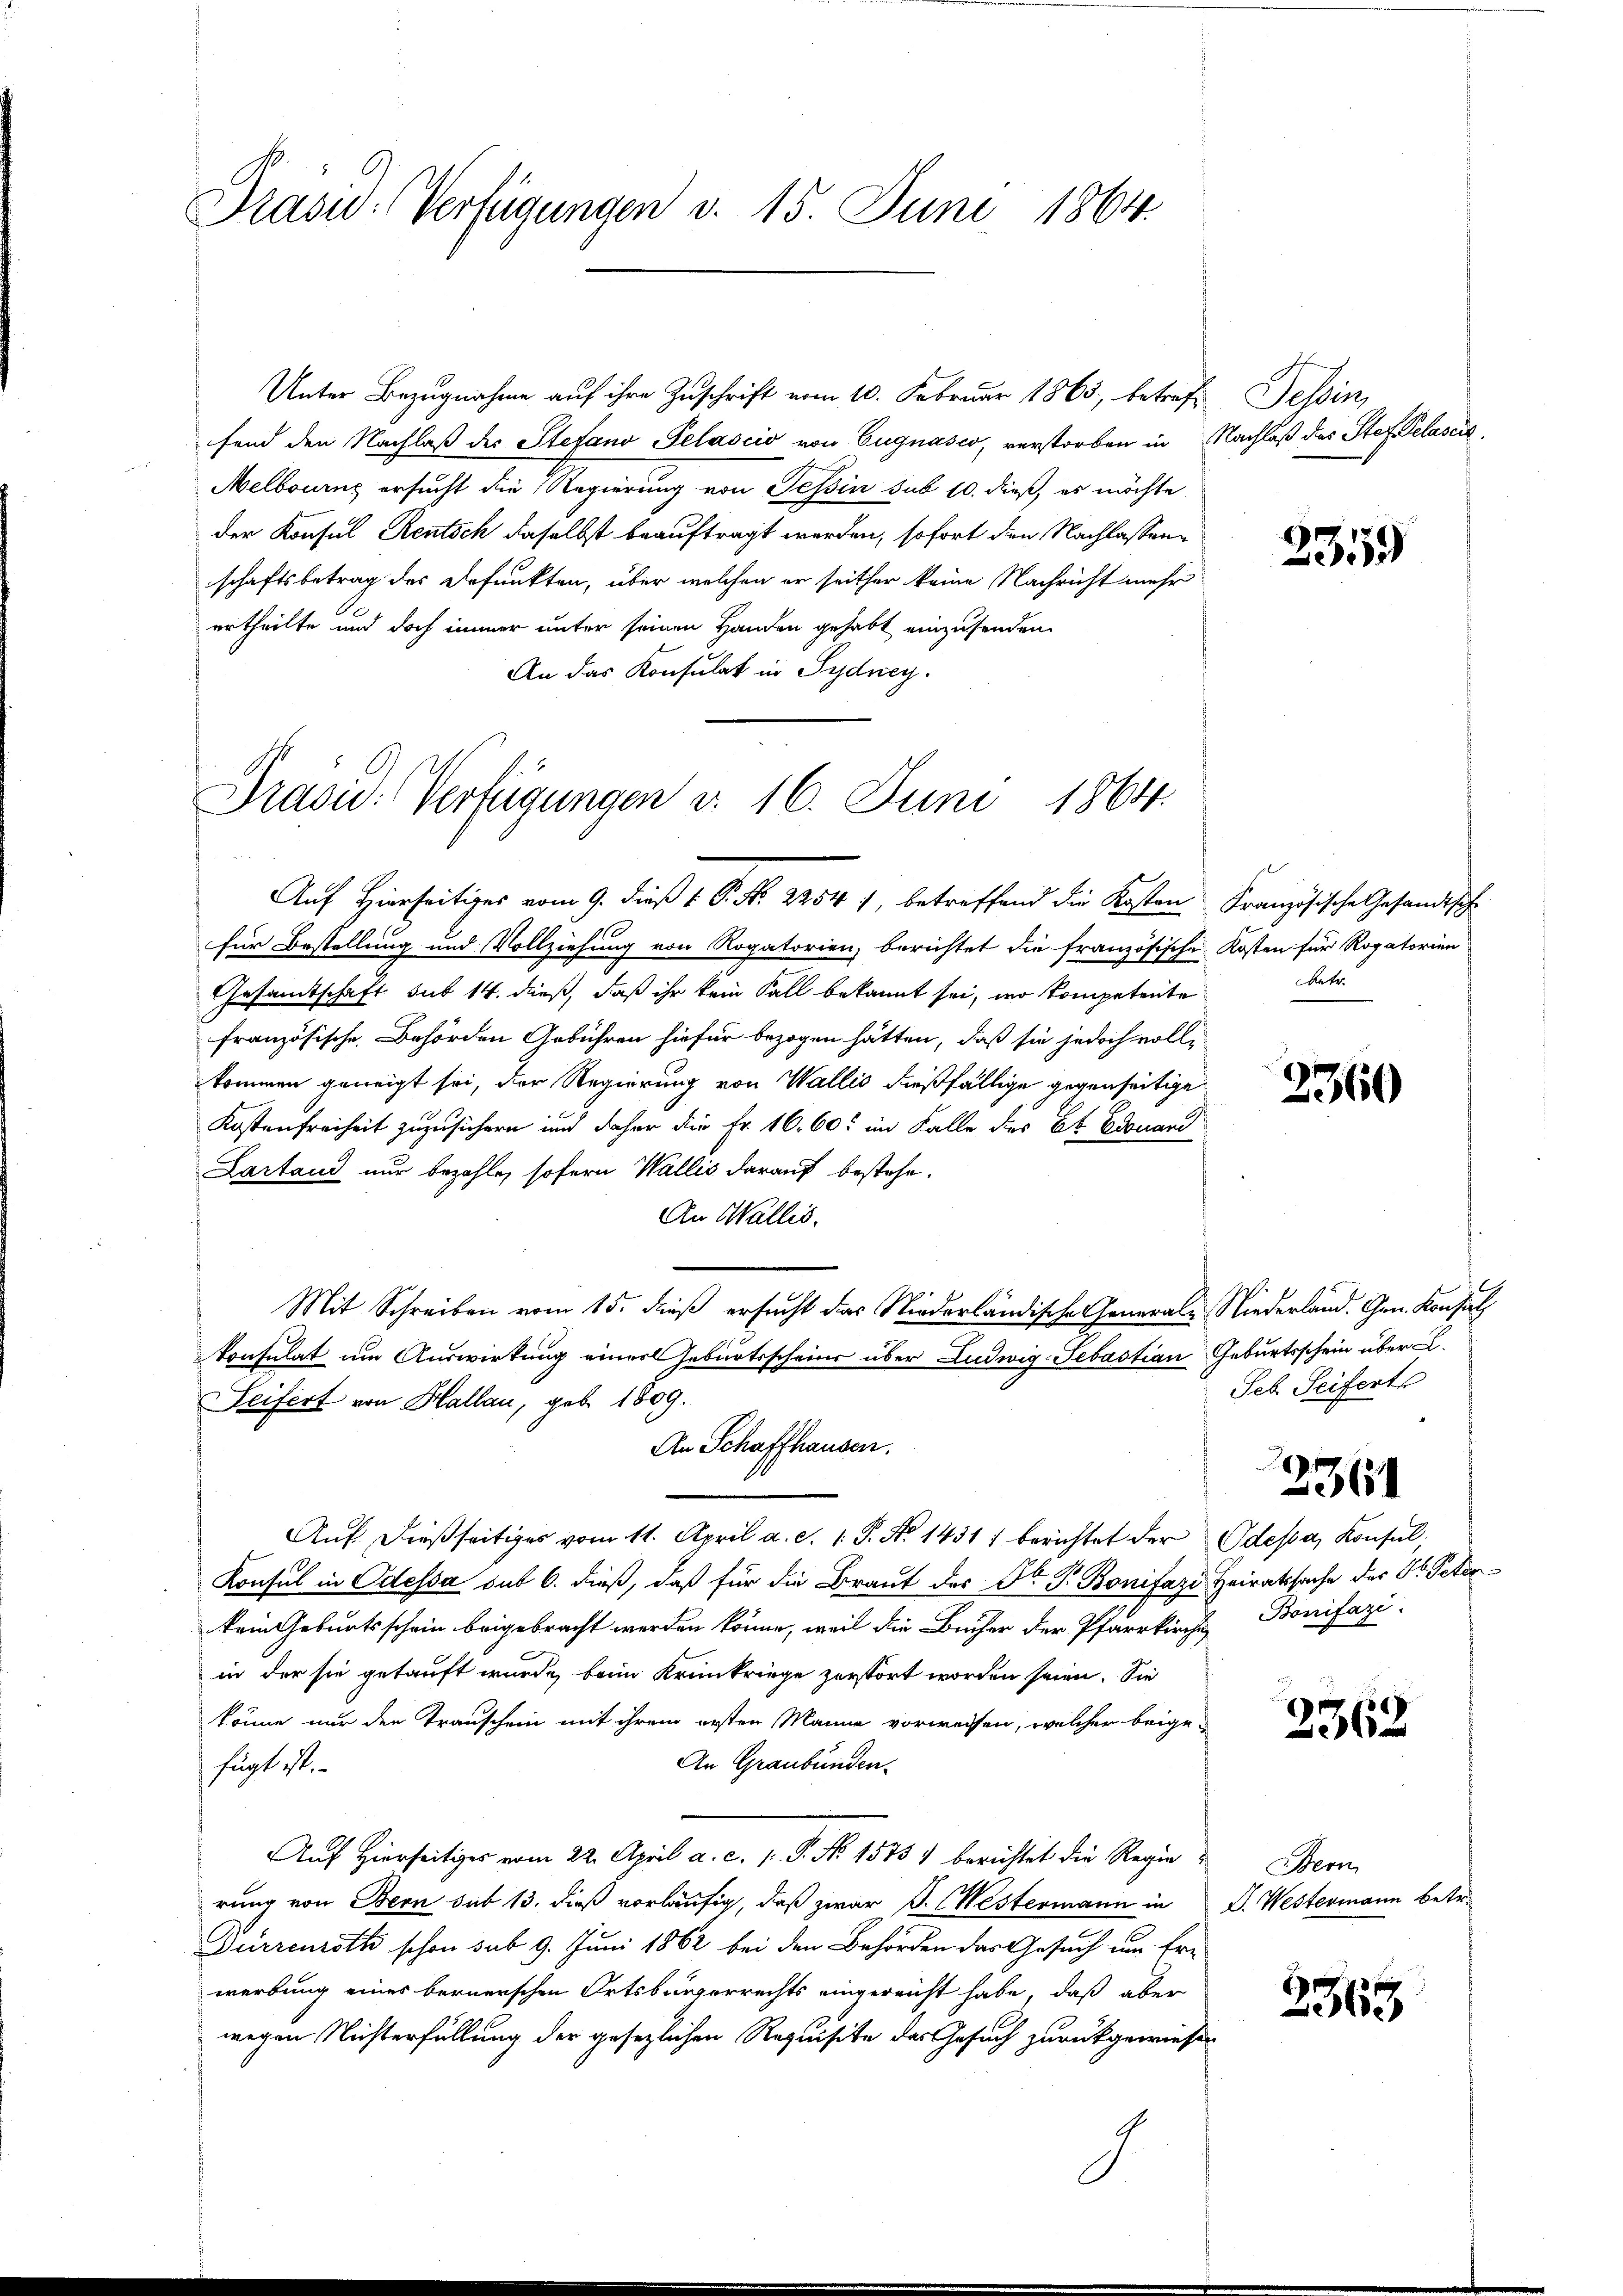
Prasid-Verfügungen v. 15. Juni 1864.

Unter Bezugnahme auf ihre Zuschrift vom 10. Februar 1863, betreff Tessin,
fend den Nachlaß des Stefano Pelascio von Eugnasco, verstorben in Nachlaß des Stef Pelascia
Melbourns ersucht die Regierung von Tessin sub 10. dieß, es möchte
der Konsul Rentsch daselbst beauftragt werden, sofort den Nachlassenschaftsbetrag des Befunkten, über welchen er seither keine Nachricht mehr
A
ertheilte und doch immer unter seinen Handen gehabt einzusenden
An das Konsulat in Sydney.

Prasid: Verfügungen d. 16. Juni 1864.
Auf Hierseitiges vom 9. dieß 1 S. Nr. 2254), betreffend die Kosten Französische Gesandtsche

für Bestellung und Vollziehung von Rogatorien, berichtet die französische Kosten für Rogatorien
Gesamtschaft sub 14. dieß, daß ihr kein Fall bekannt sei, wo kompetente
französische Behörden Gebühren hiefür bezogen hätten, daß sie jedoch volle
kommen geneigt sei, der Regierung von Wallis dießfällige gegenseitige
Kostenfreiheit zuzusichern und daher die Fr. 16. 60. im Falle des St. Edouand
Lartand nur bezahle, sofern Wallis darauf bestehe.
An Wallis.
Mit Schreiben vom 15. dieß ersucht das Niederländische Generale Niederland. Gen. Konsul
konsulat um Auswirkung einer Geburtsscheine über Ludwig- Sebastian Geburtsschein über L.
Seifert von Hallau, geb. 1809.
Auf dießseitiges vom 11. April a. c. 1. P. Nr. 1431) berichtet der Odessa, Konsul
Konsul in Odessa sub 6. dieß, daß für die Braut der Dr. Pr. Bonifazi Heiratssache der Dr. Peterkein Geburtsschein beigebracht werden könne, weil die Bücher der Pfarrkirche Bonifazi-
in der sie getauft wurde, beim Krankriege zerstört worden seien. Sie
könne nur den Transchein mit ihrem ersten Manne vorweisen, welcher beige¬
An Graubünden.
fügt ist.
Auf Hierseitiges vom 22. April a. c. p. P. Nr. 1575) berichtet die Regierung von Bern sub 13. dieß vorläufig, daß zwar J. Westermann in D. Westermann betr.
Durrenroth schon sub 9. Juni 1862 bei den Behörden das Gesuch um Erwerbung eines bernerschen Ortsbürgerrechts eingereicht habe, daß aber
wegen Nichterfüllung der gesezlichen Requisite des Gesuch zurückgewiesen
.

An Schaffhausen.

2359

betr.

3360

Seb. Seifert

2361

2362

Bern

2365